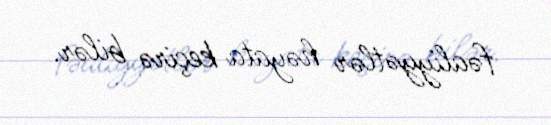
fəaliyyətlər həyata keçirə bilər.